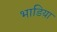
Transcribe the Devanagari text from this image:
भाडिया